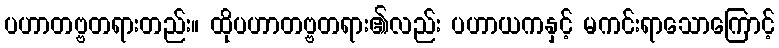
ပဟာတဗ္ဗတရားတည်း။ ထိုပဟာတဗ္ဗတရား၏လည်း ပဟာယကနှင့် မကင်းရာသောကြောင့်